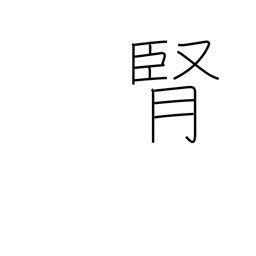
Meaning: kidney